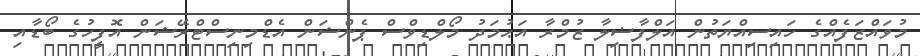
މުވައްޒަފެއްގެ ހައިސިއްޔަތުން އަލްފާޟިލާ ޒުމްރާ އަޙުމަދު މޯލްޑިވްސް ޕެންޝަން އެޑްމިނިސްޓްރޭޝަން އޮފީހުގެ ބޯޑާއި